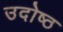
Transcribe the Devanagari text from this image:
उदोष्ठ